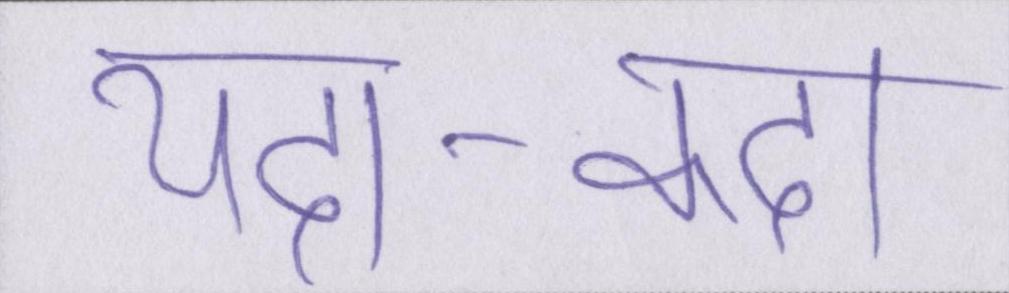
यदा-कदा